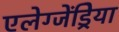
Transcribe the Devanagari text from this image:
एलेग्जेंड्रेिया